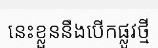
នេះខ្លួននឹងបើកផ្លូវថ្មី